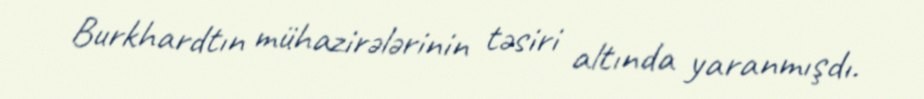
Burkhardtın mühazirələrinin təsiri altında yaranmışdı.